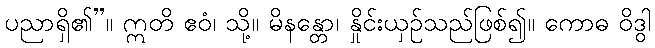
ပညာရှိ၏”။ ဣတိ ဧဝံ၊ သို့။ မိနန္တော၊ နှိုင်းယှဉ်သည်ဖြစ်၍။ ကောဓ ဝိဒွါ